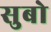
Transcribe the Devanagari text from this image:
सुबो